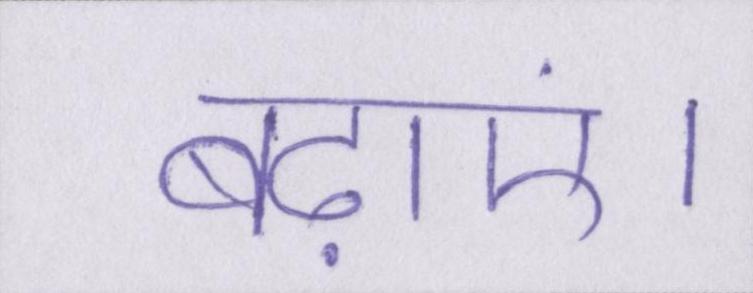
बढ़ाएं।